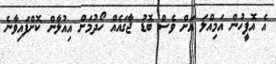
އެ އޮފީހުން އަމިއްލަ އަށް ވެސް ބޮޑު ޖާގައެއް ހޯދުމަށް އިއުލާން ކޮށްފައިވާނެ